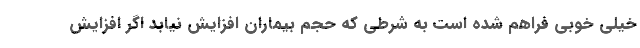
خیلی خوبی فراهم شده است به شرطی که حجم بیماران افزایش نیابد اگر افزایش